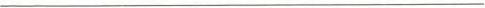
___